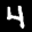
Label: 4